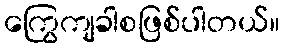
ကြွေကျခါစဖြစ်ပါတယ်။